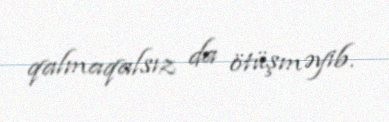
qalmaqalsız da ötüşməyib.